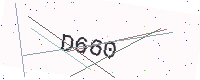
Text: D660